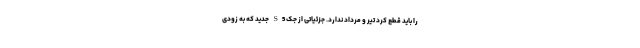
را باید قطع کرد تیر و مرداد ندارد. جزئیاتی از جک S5 جدید که به زودی